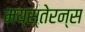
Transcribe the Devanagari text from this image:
मय्स्तेरन्स